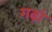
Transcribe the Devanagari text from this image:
गढ़ां